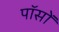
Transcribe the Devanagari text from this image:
पॉसों